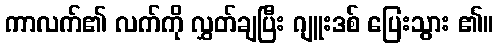
ကာလက်၏ လက်ကို လွှတ်ချပြီး ဂျူးဒစ် ပြေးသွား ၏။